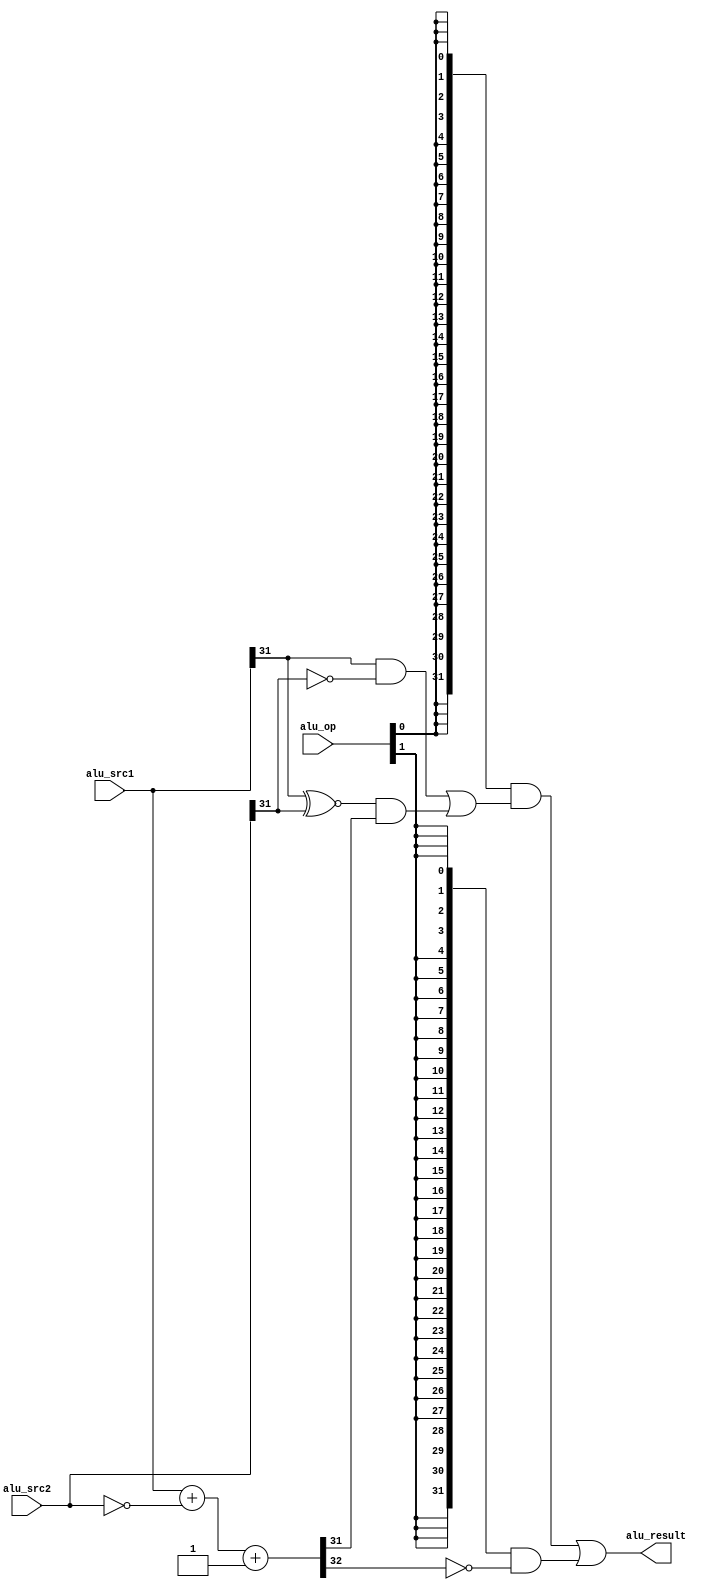
module slt(
  input  [1:0] alu_op,
  input  [31:0] alu_src1,
  input  [31:0] alu_src2,
  output [31:0] alu_result
);

wire op_slt;   //signed compared and set less than
wire op_sltu;  //unsigned compared and set less than
// control code decomposition
assign op_slt   = alu_op[0];
assign op_sltu  = alu_op[1];

wire [31:0] slt_result;
wire [31:0] sltu_result;

// 32-bit adder
wire [31:0] adder_a;
wire [31:0] adder_b;
wire [31:0] adder_result;
wire        adder_cout;

assign adder_a   =  alu_src1;
assign adder_b   = ~alu_src2;  //src1 - src2 rj-rk
assign {adder_cout, adder_result} = adder_a + adder_b + 1'b1;


// SLT result
assign slt_result = {31'b0, 
                          (alu_src1[31] & ~alu_src2[31])
                        | ((alu_src1[31] ~^ alu_src2[31]) & adder_result[31])};   //rj < rk 1

// SLTU result
assign sltu_result = {31'b0, ~adder_cout};

// final result mux
assign alu_result = ({32{op_slt }} & slt_result)
                  | ({32{op_sltu}} & sltu_result);

endmodule